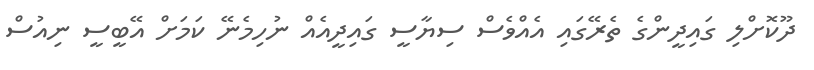
ދޫކޮށްލި ގައިދީންގެ ތެރޭގައި އެއްވެސް ސިޔާސީ ގައިދީއެއް ނުހިމެނޭ ކަމަށް އޭބީސީ ނިއުސް